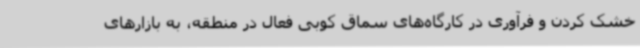
خشک کردن و فرآوری در کارگاه‌های سماق کوبی فعال در منطقه، به بازارهای